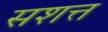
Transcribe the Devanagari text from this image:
सशत्त